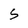
Character: 5